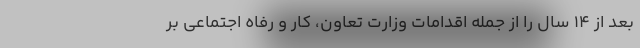
بعد از ۱۴ سال را از جمله اقدامات وزارت تعاون، کار و رفاه اجتماعی بر